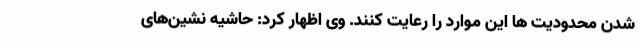
شدن محدودیت ها این موارد را رعایت کنند. وی اظهار کرد: حاشیه نشین‌های